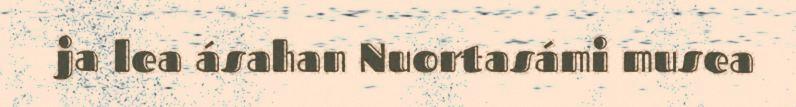
ja lea ásahan Nuortasámi musea